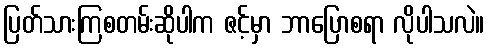
ပြတ်သားကြစတမ်းဆိုပါက ဇင့်မှာ ဘာပြောစရာ လိုပါသလဲ။